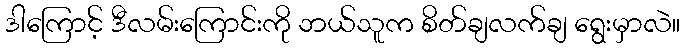
ဒါကြောင့် ဒီလမ်းကြောင်းကို ဘယ်သူက စိတ်ချလက်ချ ရွေးမှာလဲ။